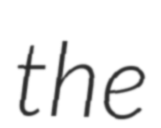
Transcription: the